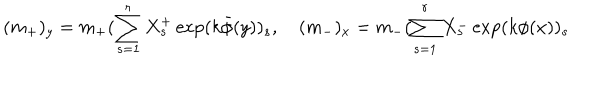
LaTeX: ( m _ { + } ) _ { y } = m _ { + } ( \sum _ { s = 1 } ^ { r } X _ { s } ^ { + } \exp ( k \bar { \phi } ( y ) ) _ { s } , \quad ( m _ { - } ) _ { x } = m _ { - } ( \sum _ { s = 1 } ^ { r } X _ { s } ^ { - } \exp ( k \phi ( x ) ) _ { s }